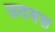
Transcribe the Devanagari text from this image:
उदयस